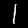
Digit: 1